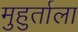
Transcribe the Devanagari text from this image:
मुहुर्ताला